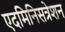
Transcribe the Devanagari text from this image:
एदमिनिसत्रेशन